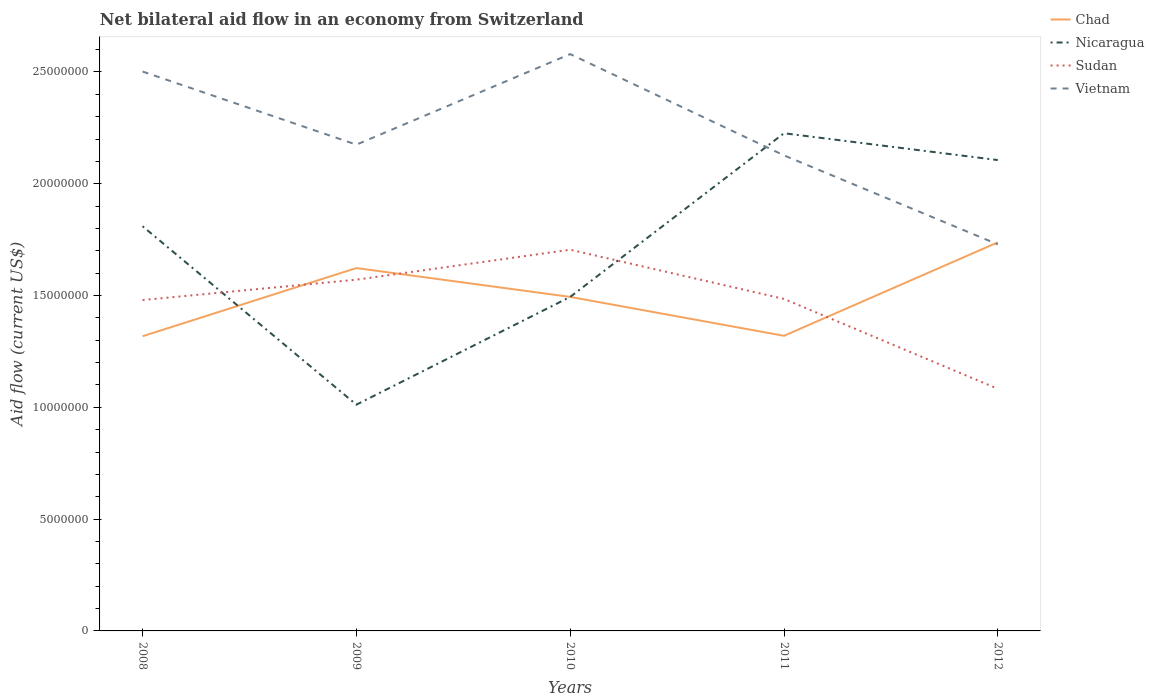
| Years | Chad | Nicaragua | Sudan | Vietnam |
 | --- | --- | --- | --- | --- |
 | 2008 | 1.32e+07 | 1.81e+07 | 1.48e+07 | 2.5e+07 |
 | 2009 | 1.62e+07 | 1.01e+07 | 1.57e+07 | 2.18e+07 |
 | 2010 | 1.49e+07 | 1.49e+07 | 1.70e+07 | 2.58e+07 |
 | 2011 | 1.32e+07 | 2.23e+07 | 1.48e+07 | 2.13e+07 |
 | 2012 | 1.74e+07 | 2.11e+07 | 1.08e+07 | 1.73e+07 |